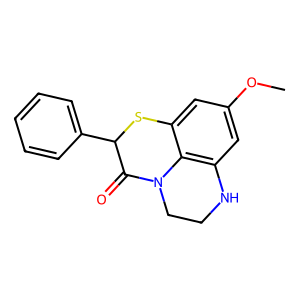
SMILES: COc1cc2c3c(c1)SC(c1ccccc1)C(=O)N3CCN2
Inhibits HIV replication: No